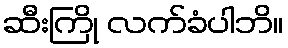
ဆီးကြို လက်ခံပါဘိ။